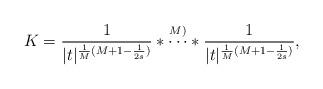
LaTeX: \begin{align*} K=\frac1{|t|^{\frac1M(M+1-\frac1{2s})}}*\overset{M)}{\cdots}*\frac1{|t|^{\frac1M(M+1-\frac1{2s})}}, \end{align*}